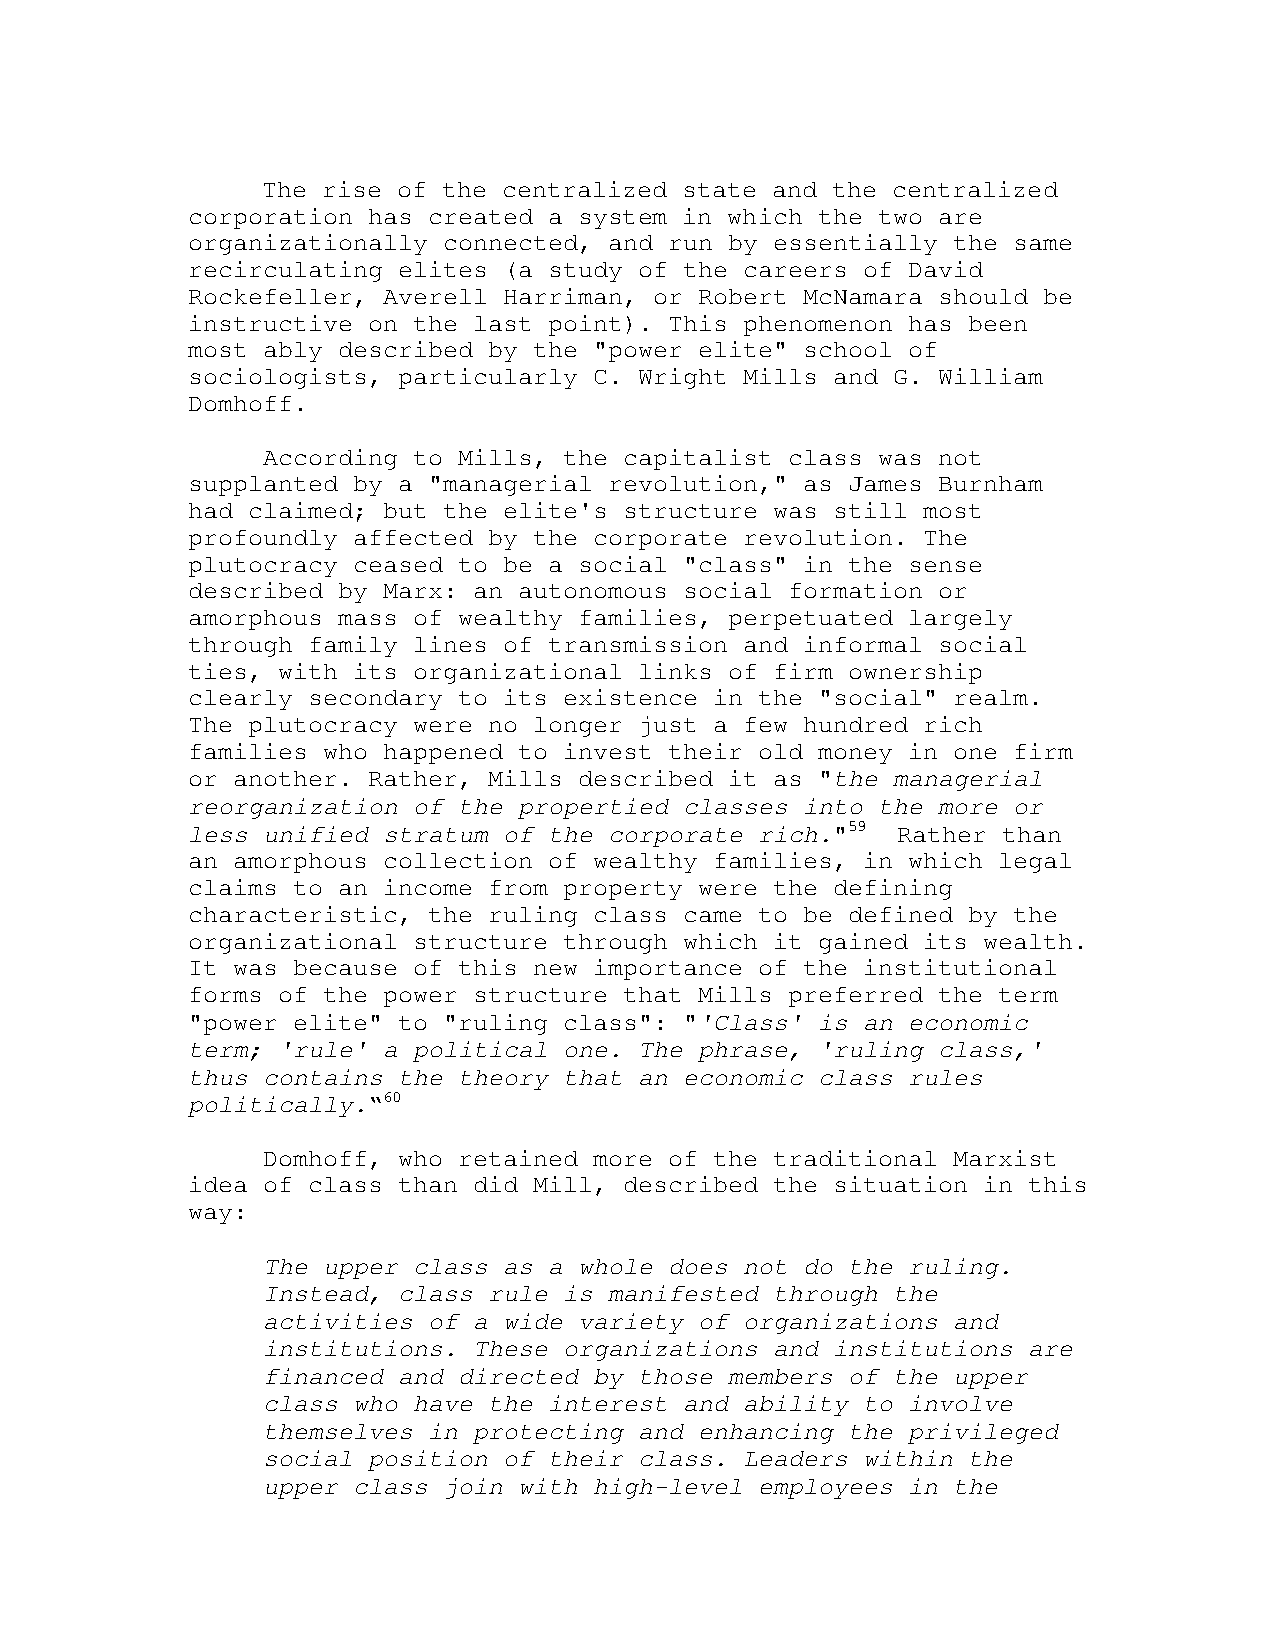
The rise of the centralized state and the centralized
 corporation has created a system in which the two are
 organizationally connected, and run by essentially the same
 recirculating elites (a study of the careers of David
 Rockefeller, Averell Harriman, or Robert McNamara should be
 instructive on the last point). This phenomenon has been
 most ably described by the "power elite" school of
 sociologists, particularly C. Wright Mills and G. William
 Domhoff.
 According to Mills, the capitalist class was not
 supplanted by a "managerial revolution," as James Burnham
 had claimed; but the elite's structure was still most
 profoundly affected by the corporate revolution. The
 plutocracy ceased to be a social "class" in the sense
 described by Marx: an autonomous social formation or
 amorphous mass of wealthy families, perpetuated largely
 through family lines of transmission and informal social
 ties, with its organizational links of firm ownership
 clearly secondary to its existence in the "social" realm.
 The plutocracy were no longer just a few hundred rich
 families who happened to invest their old money in one firm
 or another. Rather, Mills described it as "the managerial
 reorganization of the propertied classes into the more or
 less unified stratum of the corporate rich."59 Rather than
 an amorphous collection of wealthy families, in which legal
 claims to an income from property were the defining
 characteristic, the ruling class came to be defined by the
 organizational structure through which it gained its wealth.
 It was because of this new importance of the institutional
 forms of the power structure that Mills preferred the term
 "power elite" to "ruling class": "'Class' is an economic
 term; 'rule' a political one. The phrase, 'ruling class,'
 thus contains the theory that an economic class rules
 politically.“60
 Domhoff, who retained more of the traditional Marxist
 idea of class than did Mill, described the situation in this
 way:
 The upper class as a whole does not do the ruling.
 Instead, class rule is manifested through the
 activities of a wide variety of organizations and
 institutions. These organizations and institutions are
 financed and directed by those members of the upper
 class who have the interest and ability to involve
 themselves in protecting and enhancing the privileged
 social position of their class. Leaders within the
 upper class join with high-level employees in the